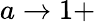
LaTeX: a\rightarrow 1+